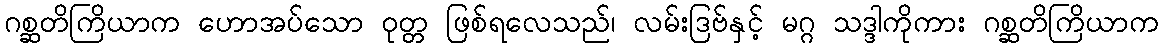
ဂစ္ဆတိကြိယာက ဟောအပ်သော ဝုတ္တ ဖြစ်ရလေသည်၊ လမ်းဒြဗ်နှင့် မဂ္ဂ သဒ္ဒါကိုကား ဂစ္ဆတိကြိယာက